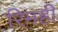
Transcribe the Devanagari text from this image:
रिमही